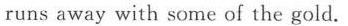
runs away with some of the gold.